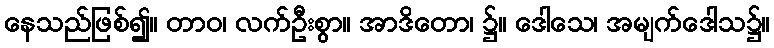
နေသည်ဖြစ်၍။ တာဝ၊ လက်ဦးစွာ။ အာဒိတော၊ ၌။ ဒေါသေ၊ အမျက်ဒေါသ၌။